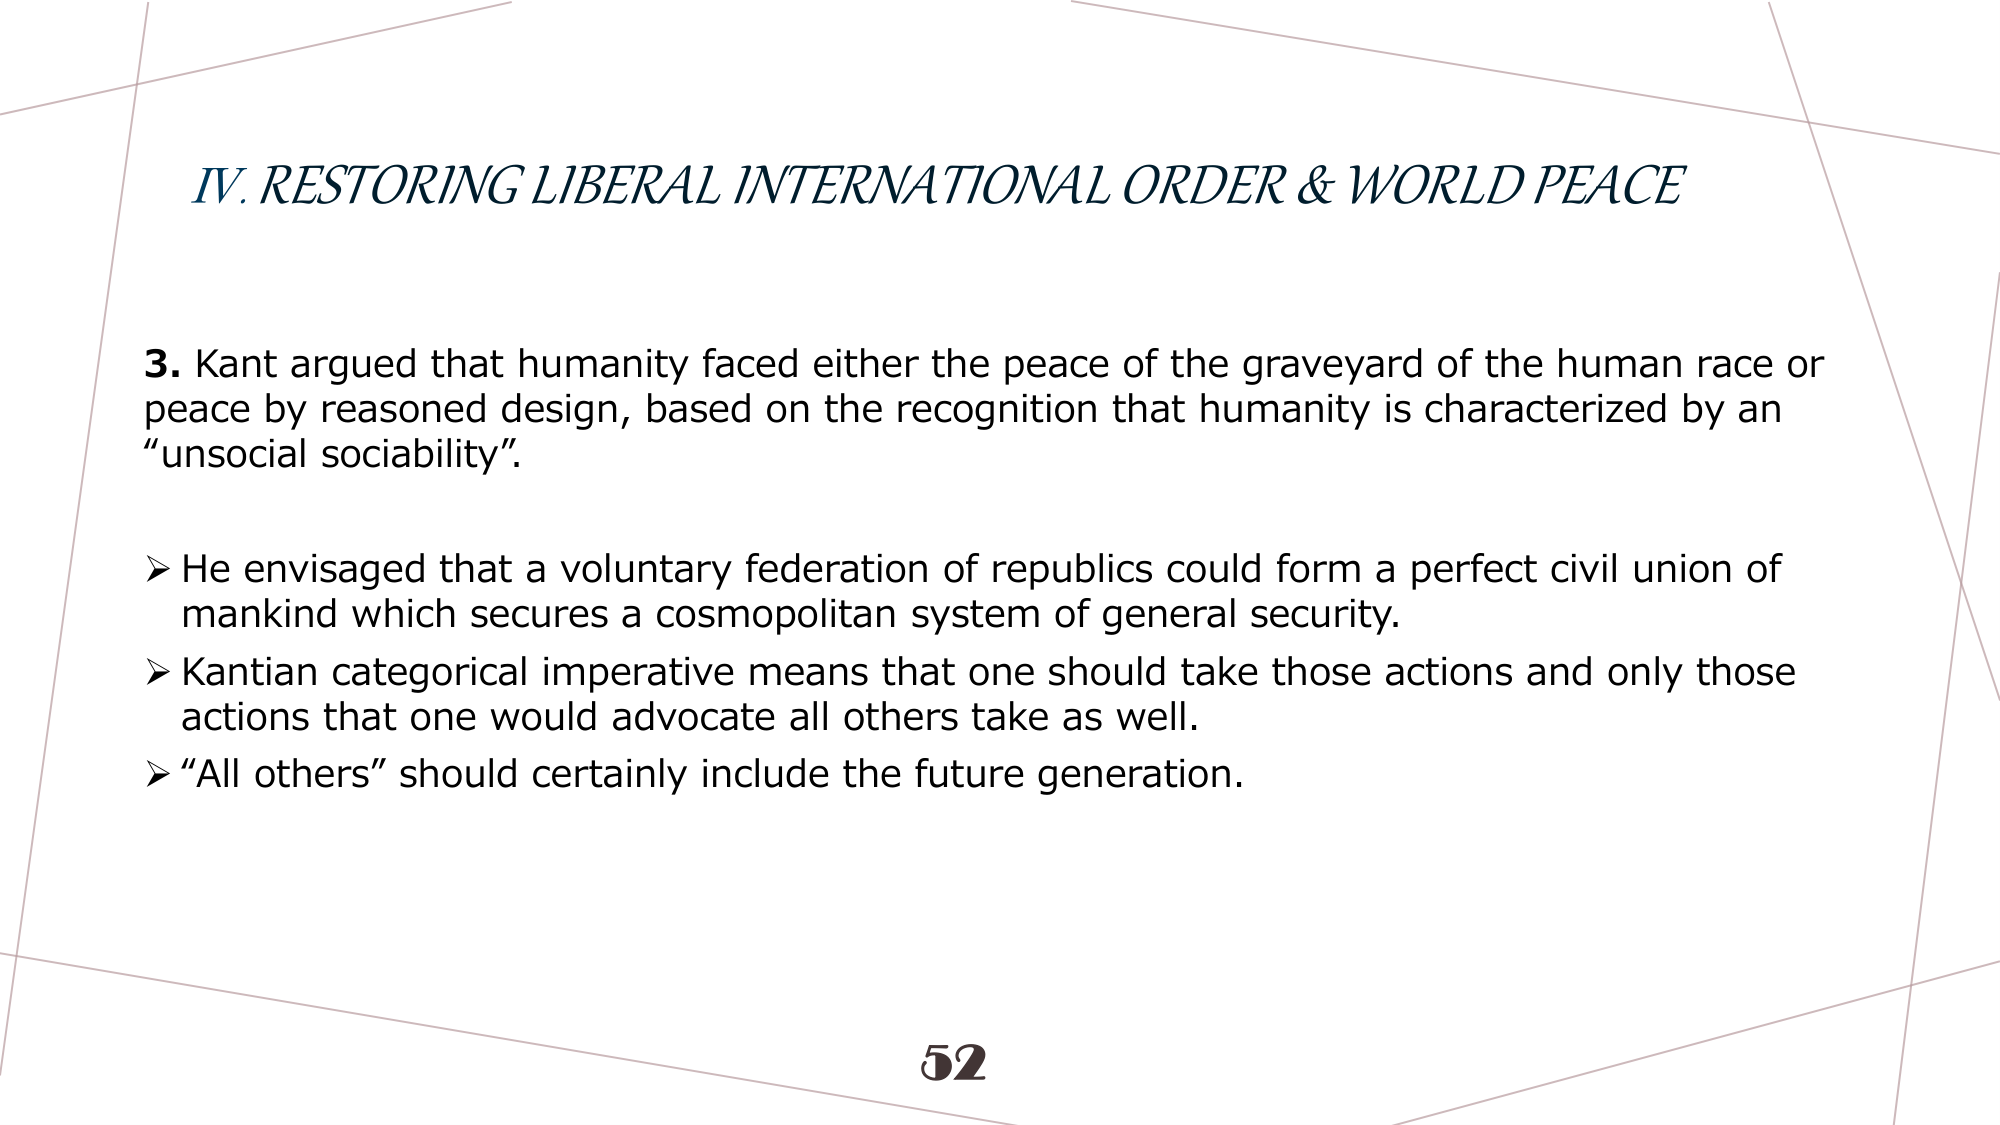
IV. RESTORING LIBERAL INTERNATIONAL ORDER & WORLD PEACE

3. Kant argued that humanity faced either the peace of the graveyard of the human race or peace by reasoned design, based on the recognition that humanity is characterized by an “unsocial sociability”.

➤ He envisaged that a voluntary federation of republics could form a perfect civil union of mankind which secures a cosmopolitan system of general security.

➤ Kantian categorical imperative means that one should take those actions and only those actions that one would advocate all others take as well.

➤ “All others” should certainly include the future generation.

52